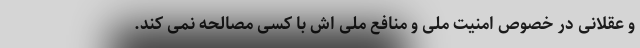
و عقلانی در خصوص امنیت ملی و منافع ملی اش با کسی مصالحه نمی کند.